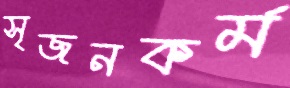
সৃজনকর্ম